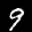
Label: 9